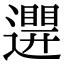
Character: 𨘊